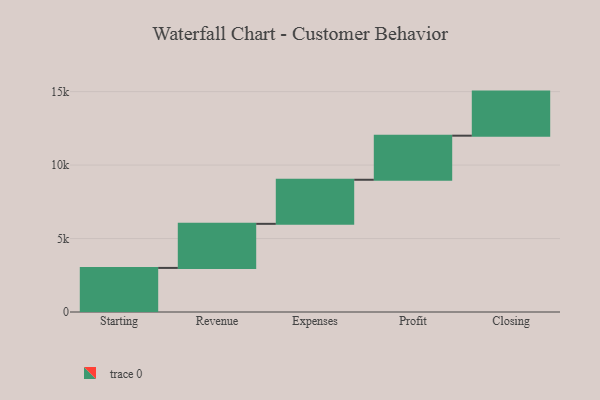
{"axis": {"x": "Step", "y": "Value"}, "legend": [""], "data": [{"x": "Starting", "y": 3000, "type": ""}, {"x": "Revenue", "y": 3000, "type": ""}, {"x": "Expenses", "y": 3000, "type": ""}, {"x": "Profit", "y": 3000, "type": ""}, {"x": "Closing", "y": 3000, "type": ""}]}